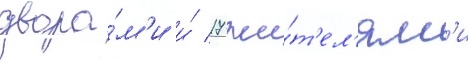
двора́м'и и́ 17 жи́т'ел'ям'и